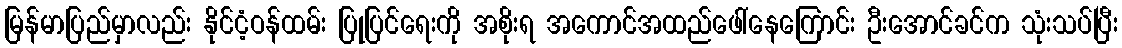
မြန်မာပြည်မှာလည်း နိုင်ငံ့ဝန်ထမ်း ပြုပြင်ရေးကို အစိုးရ အကောင်အထည်ဖေါ်နေကြောင်း ဦးအောင်ခင်က သုံးသပ်ပြီး